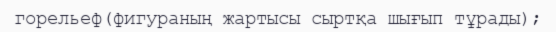
горельеф(фигураның жартысы сыртқа шығып тұрады);